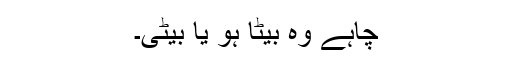
چاہے وہ بیٹا ہو یا بیٹی۔